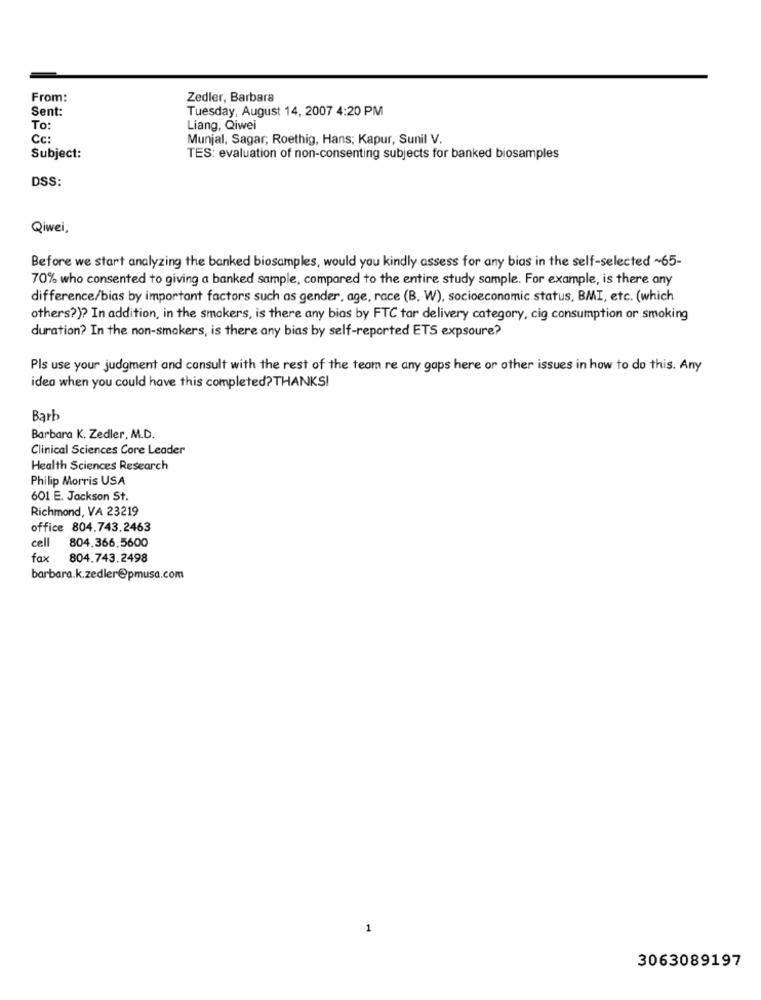
From:
Zedler, Barbara
Sent:
Tuesday, August 14, 2007 4:20 PM
To:
Liang, Qiwei
Cc:
Munjal, Sagar; Roethig, Hans; Kapur, Sunil V.
Subject:
TES: evaluation of non-consenting subjects for banked biosamples
DSS:
Qiwei,
Before we start analyzing the banked biosamples, would you kindly assess for any bias in the self-selected ~65-
70% who consented to giving a banked sample, compared to the entire study sample. For example, is there any
difference/bias by important factors such as gender, age, race (B, W), socioeconomic status, BMI, etc. (which
others?)? In addition, in the smokers, is there any bias by FTC tar delivery category, cig consumption or smoking
duration? In the non-smokers, is there any bias by self-reported ETS expsoure?
Pls use your judgment and consult with the rest of the team re any gaps here or other issues in how to do this. Any
idea when you could have this completed?THANKS!
Barb
Barbara K. Zedler, M.D.
Clinical Sciences Core Leader
Health Sciences Research
Philip Morris USA
601 E. Jackson St.
Richmond, VA 23219
office 804.743.2463
cell
804.366.5600
fax 804.743.2498
barbara.k.zedler@pmusa.com
1
3063089197